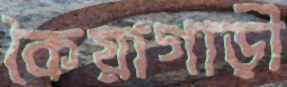
কৈয়াগাড়ী